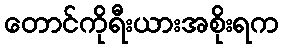
တောင်ကိုရီးယားအစိုးရက